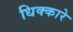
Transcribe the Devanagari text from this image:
धिक्कारे